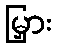
မြှား